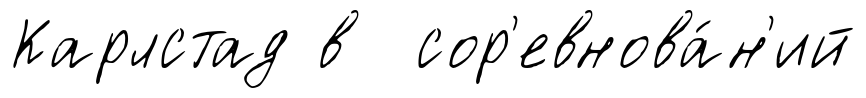
Карлстад в сор'евнова́н'ий